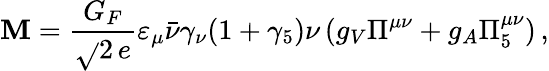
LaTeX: {\cal\mathbf{M}}=\frac{{G_{F}}}{{\sqrt{}{{2}}\, e}}\varepsilon_{\mu}\bar{{\nu}}\gamma_{\nu}(1+\gamma_{5})\nu\, (g_{V}\Pi^{\mu\nu}+g_{A}\Pi_{5}^{\mu\nu})\, ,